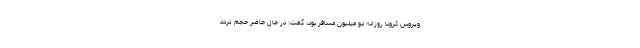
ویروس کرونا روزانه دو میلیون مسافر بود، گفت: در حال حاضر حجم تردد